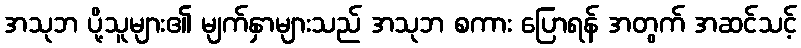
အသုဘ ပို့သူများ၏ မျက်နှာများသည် အသုဘ စကား ပြောရန် အတွက် အဆင်သင့်